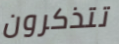
تتذكرون